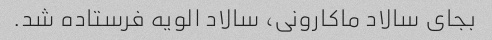
بجای سالاد ماکارونی، سالاد الویه فرستاده شد.